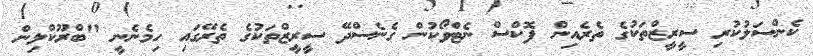
ކެންސަލުކުރި ސީރީޒްތަކުގެ ތެރެއިން ފޮކްސް ނެޓްވޯކުން ގެނެސްދޭ ސީރީޒްތަކުގެ ތެރޭގައި ހިމެނެނީ "ބްރޫކްލިން